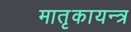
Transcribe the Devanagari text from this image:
मातृकायन्त्र